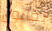
بقانون